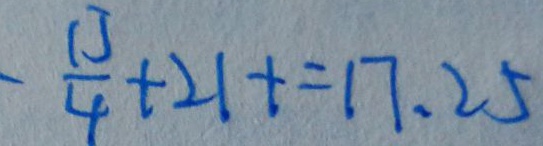
- \frac { 1 3 } { 4 } + 2 1 + = 1 7 . 2 5